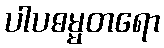
ပါပဓမ္မတရော